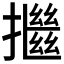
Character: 𢷖